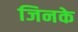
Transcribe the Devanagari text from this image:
जिनके